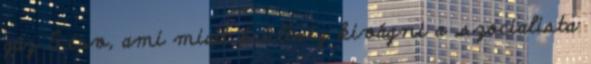
gáz 5 érv, ami miatt őrültség kivágni a „szocialista